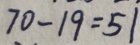
7 0 - 1 9 = 5 1